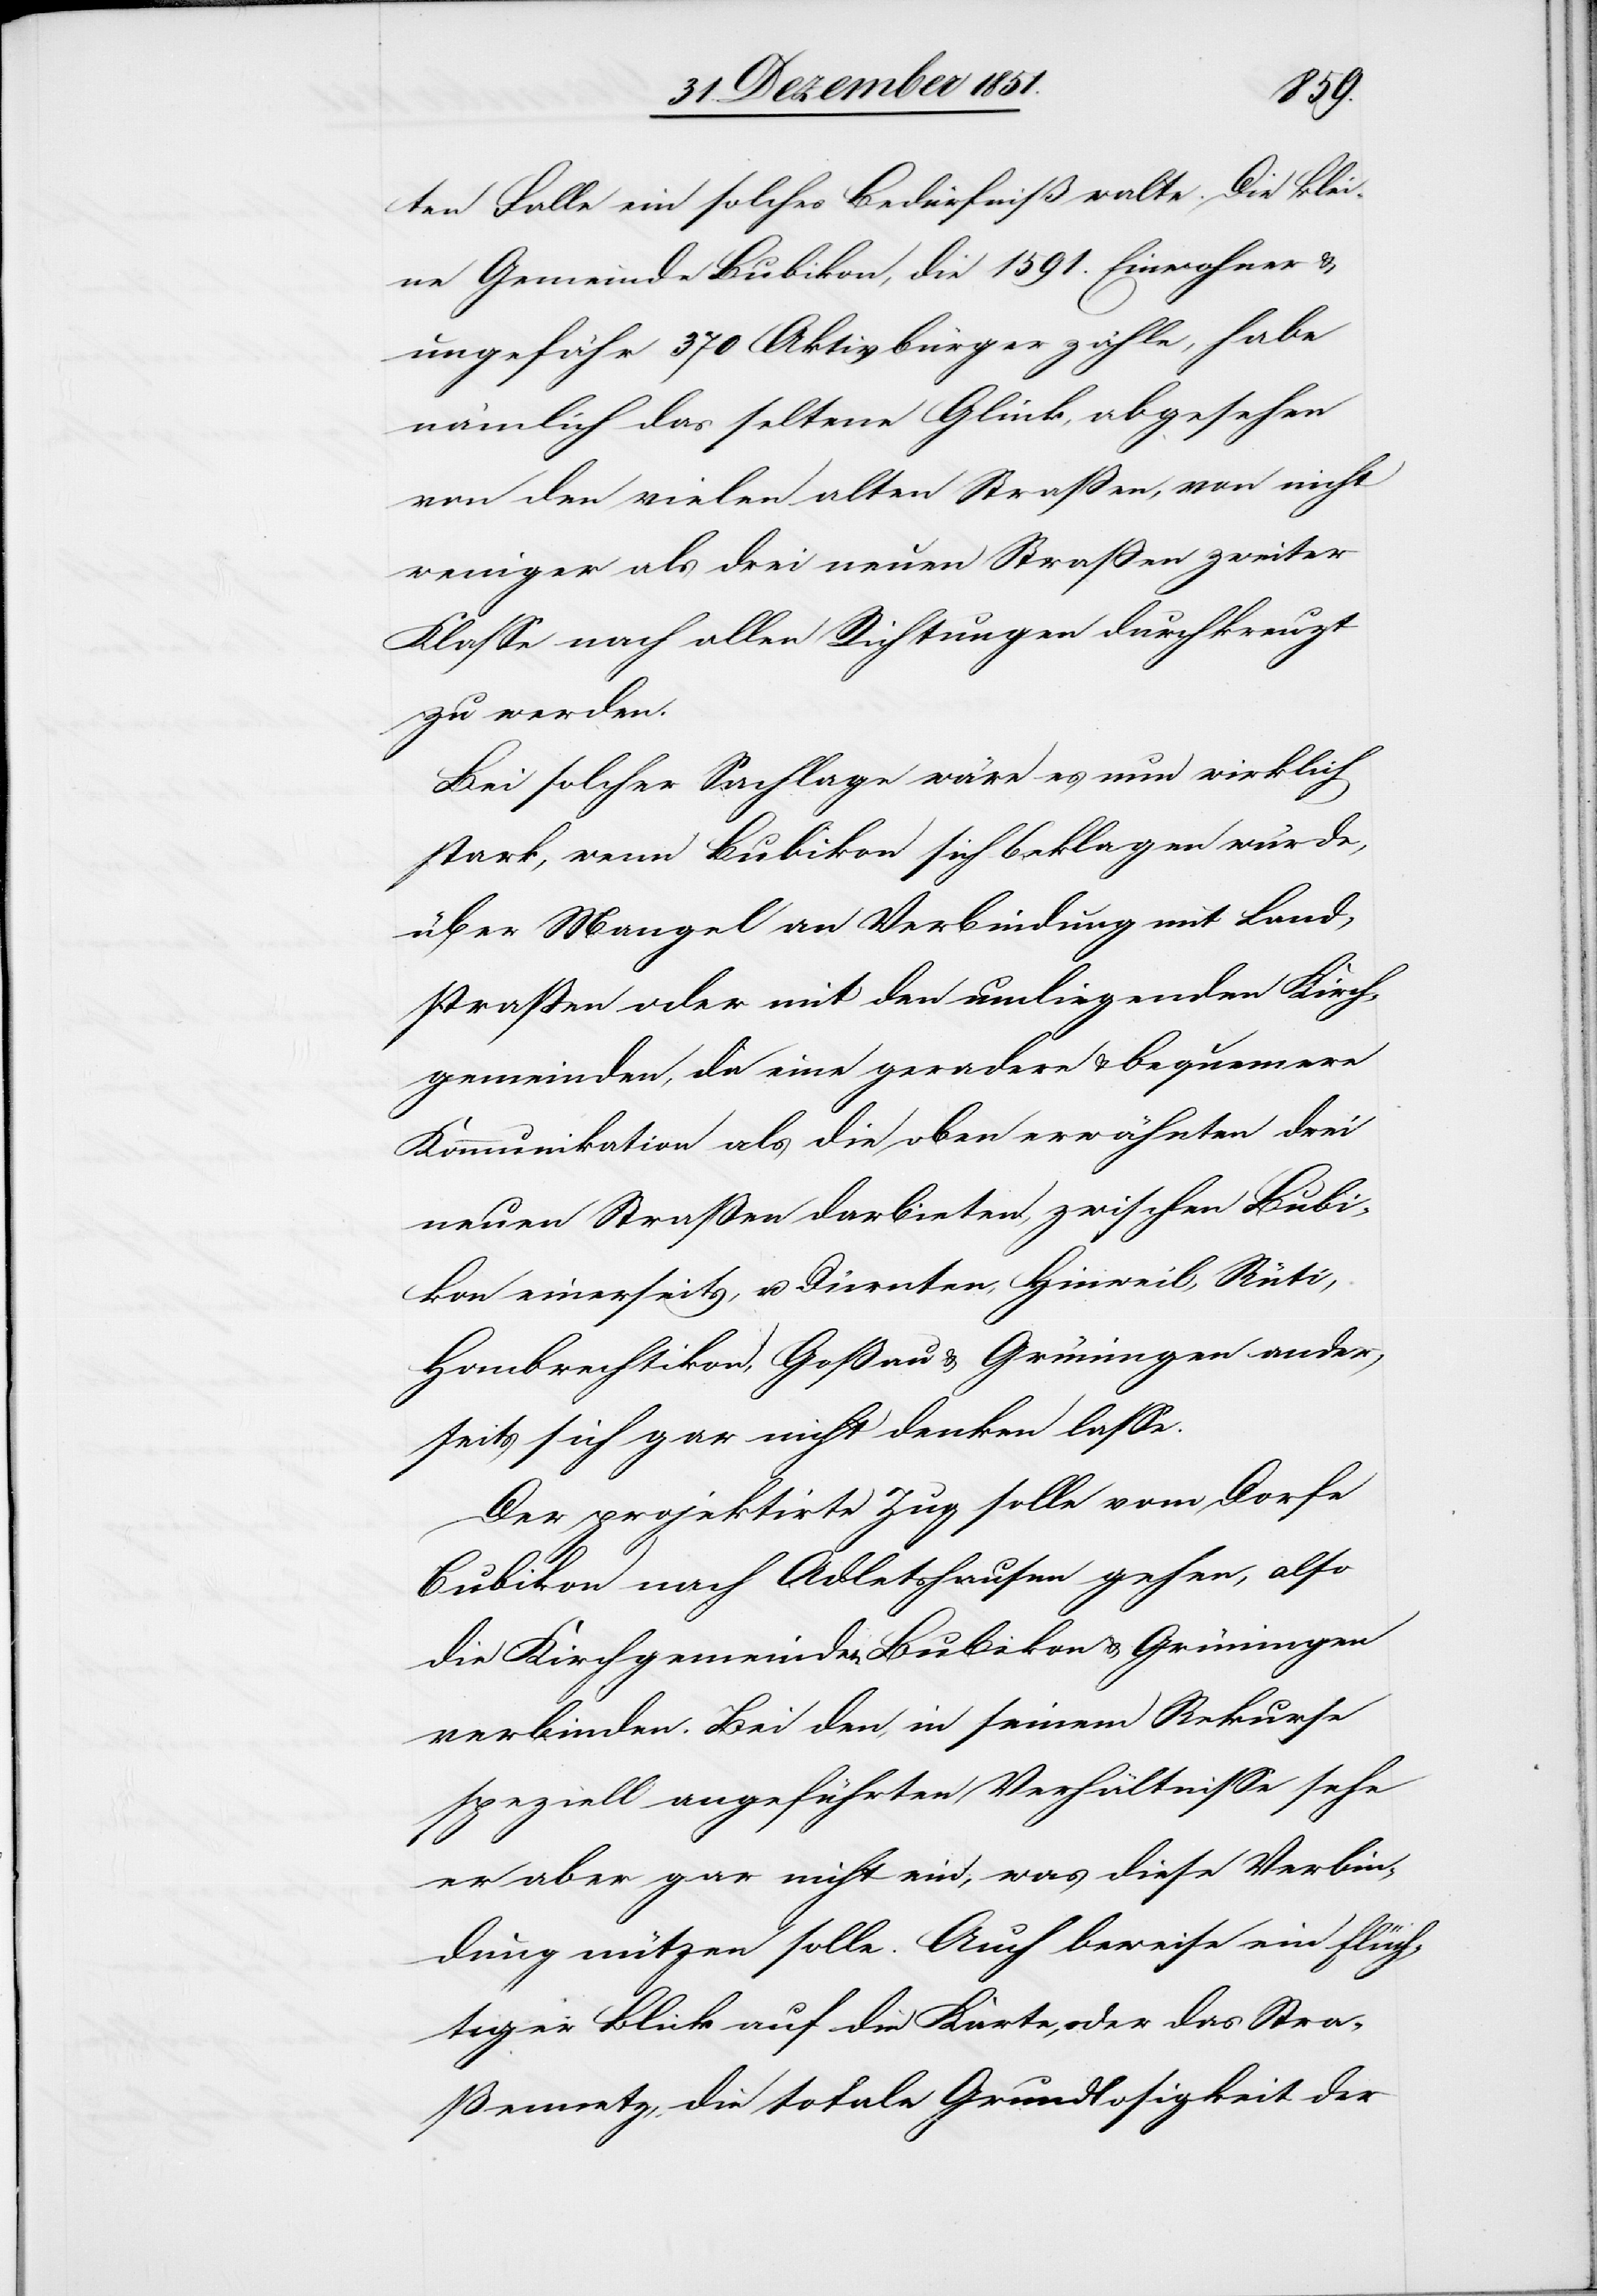
ten Falle ein solches Bedürfniß walte. Die klei¬
ne Gemeinde Bubikon, die 1591. Einwohner &
ungefähr 370 Aktivbürger zähle, habe
nämlich das seltene Glück, abgesehen
von den vielen alten Straßen, von nicht
weniger als drei neuen Straßen zweiter
Klasse nach allen Richtungen durchkreuzt
zu werden.
Bei solcher Sachlage wäre es nun wirklich
stark, wenn Bubikon sich beklagen würde,
über Mangel an Verbindung mit Land¬
straßen oder mit den umliegenden Kirch¬
gemeinden, da eine geradere & bequemere
Kommunikation als die oben erwähnten drei
neuen Straßen darbieten, zwischen Bubi¬
kon einerseits, u. Dürnten, Hinweil, Rüti,
Hombrechtikon, Goßau & Grüningen ander¬
seits sich gar nicht denken lasse.
Der projektirte Zug solle vom Dorfe
Bubikon nach Adletshausen gehen, also
die Kirchgemeinden Bubikon & Grüningen
verbinden. Bei den, in seinem Rekurse
speziell angeführten Verhältnisse[n] sehe
er aber gar nicht ein, was diese Verbin¬
dung nützen solle. Auch beweise ein flüch¬
tiger Blick auf die Karte, oder das Stra¬
ßennetz, die totale Grundlosigkeit der